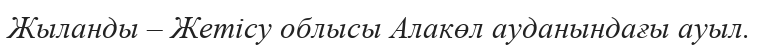
Жыланды – Жетісу облысы Алакөл ауданындағы ауыл.